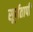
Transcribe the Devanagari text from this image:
सूर्यतापी